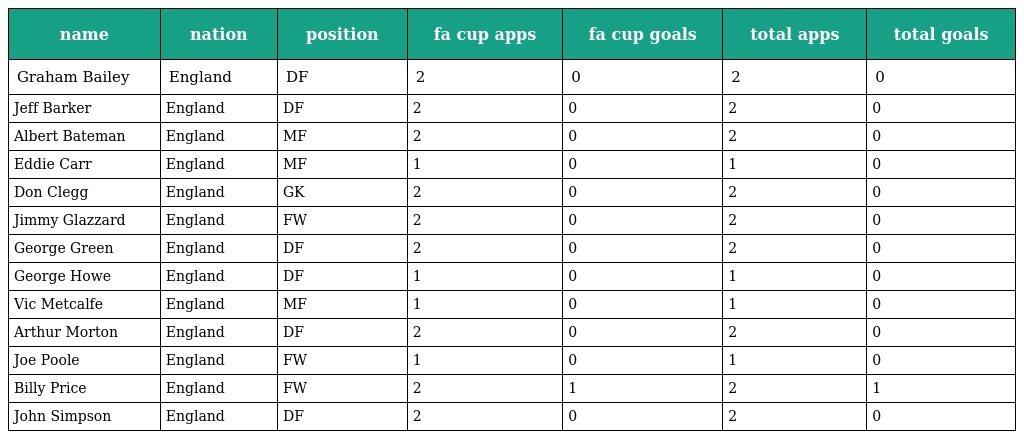
| name | nation | position | fa cup apps | fa cup goals | total apps | total goals |
 | --- | --- | --- | --- | --- | --- | --- |
 | Graham Bailey | England | DF | 2 | 0 | 2 | 0 |
 | Jeff Barker | England | DF | 2 | 0 | 2 | 0 |
 | Albert Bateman | England | MF | 2 | 0 | 2 | 0 |
 | Eddie Carr | England | MF | 1 | 0 | 1 | 0 |
 | Don Clegg | England | GK | 2 | 0 | 2 | 0 |
 | Jimmy Glazzard | England | FW | 2 | 0 | 2 | 0 |
 | George Green | England | DF | 2 | 0 | 2 | 0 |
 | George Howe | England | DF | 1 | 0 | 1 | 0 |
 | Vic Metcalfe | England | MF | 1 | 0 | 1 | 0 |
 | Arthur Morton | England | DF | 2 | 0 | 2 | 0 |
 | Joe Poole | England | FW | 1 | 0 | 1 | 0 |
 | Billy Price | England | FW | 2 | 1 | 2 | 1 |
 | John Simpson | England | DF | 2 | 0 | 2 | 0 |